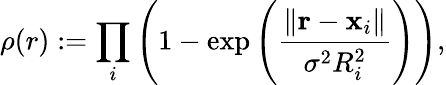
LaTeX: \rho(r):=\prod_{i}\left(1-\exp{\left(\frac{\| \mathbf{r}-\mathbf{x}_{i}\| }{\sigma^{2}R_{i}^{2}}\right)}\right),